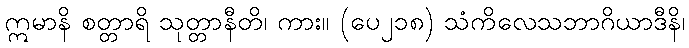
ဣမာနိ စတ္တာရိ သုတ္တာနီတိ၊ ကား။ (ပေ၂၁၈) သံကိလေသဘာဂိယာဒီနိ၊